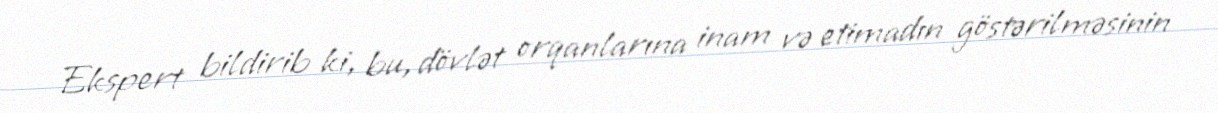
Ekspert bildirib ki, bu, dövlət orqanlarına inam və etimadın göstərilməsinin